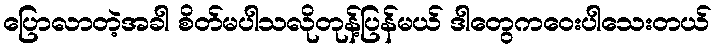
ပြောလာတဲ့အခါ စိတ်မပါသလိုတုန့်ပြန်မယ် ဒါတွေကဝေးပါသေးတယ်